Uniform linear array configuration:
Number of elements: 32
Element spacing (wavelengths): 0.25
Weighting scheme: hann
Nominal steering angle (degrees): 0
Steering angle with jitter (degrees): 1.369
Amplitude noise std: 0.05
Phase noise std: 0.05

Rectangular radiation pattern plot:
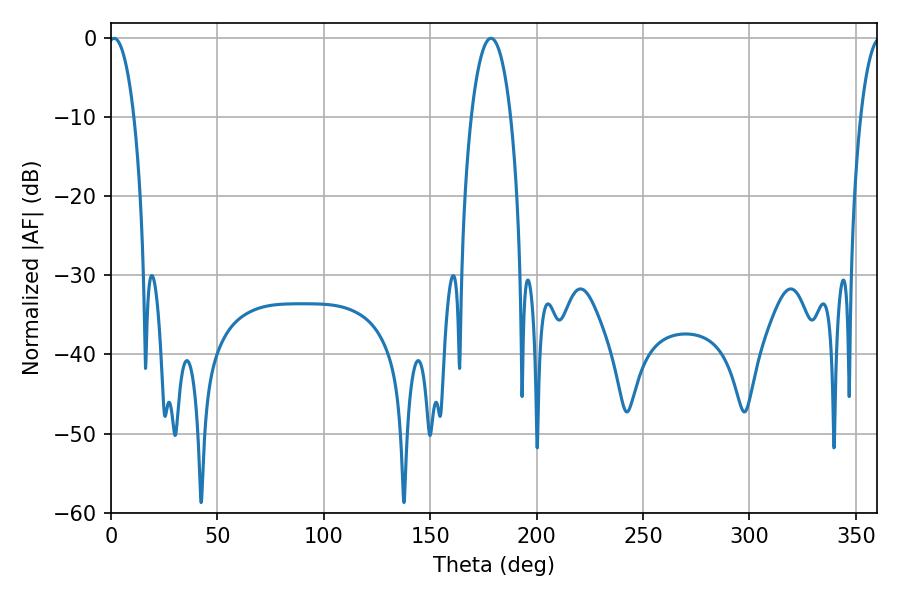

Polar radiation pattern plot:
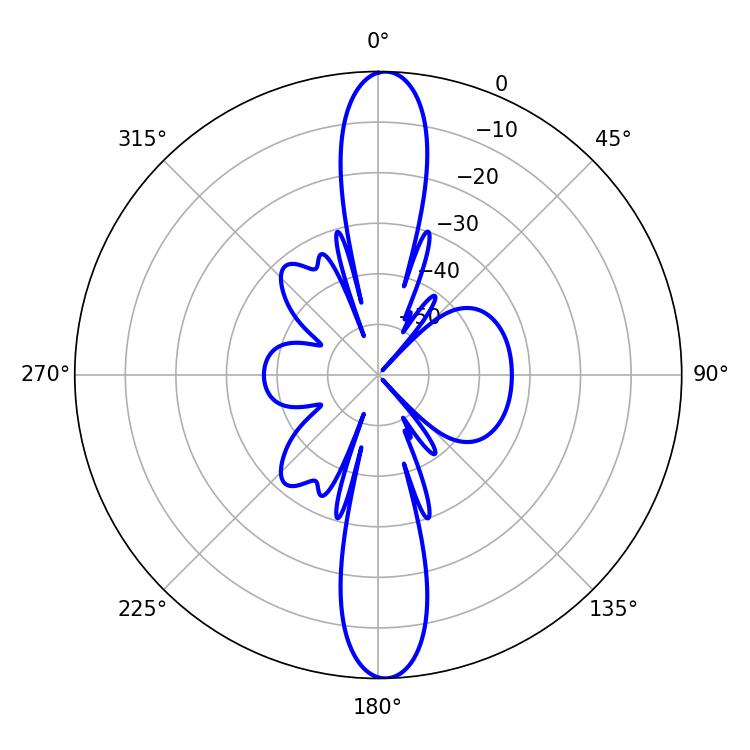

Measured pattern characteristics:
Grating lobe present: FALSE
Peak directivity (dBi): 23.023
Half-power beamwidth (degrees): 10.44
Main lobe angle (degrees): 178.56